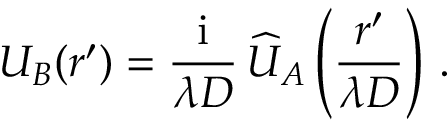
U _ { B } ( \boldsymbol r ^ { \prime } ) = { \frac { \mathrm { i } } { \lambda D } } \, \widehat { U } _ { A } \left( { \frac { \boldsymbol r ^ { \prime } } { \lambda D } } \right) \, .